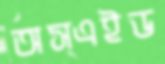
অস্এইড